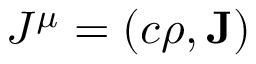
J ^ { \mu } = \left( c \rho , { \bf J } \right)